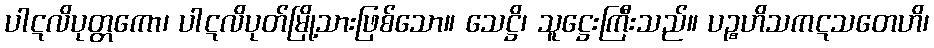
ပါဋလိပုတ္တကော၊ ပါဋလိပုတ်မြို့သားဖြစ်သော။ သေဋ္ဌိ၊ သူဋ္ဌေးကြီးသည်။ ပဉ္စဟိသကဋသတေဟိ၊